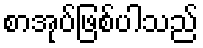
စာအုပ်ဖြစ်ပါသည်